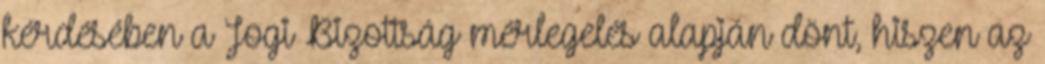
kérdésében a Jogi Bizottság mérlegelés alapján dönt, hiszen az